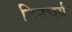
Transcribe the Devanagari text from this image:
दिनचर्य